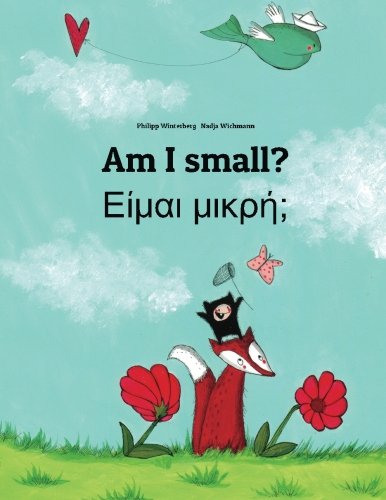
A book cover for Am I small? Eimai mikre?: Children's Picture Book English-Greek (Bilingual Edition); Philipp Winterberg; Children's Books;